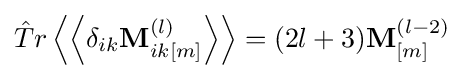
{\hat {T}}r\left\langle \left\langle \delta _{ik}\mathbf {M} _{ik[m]}^{(l)}\right\rangle \right\rangle =(2l+3)\mathbf {M} _{[m]}^{(l-2)}